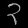
Digit: ၃